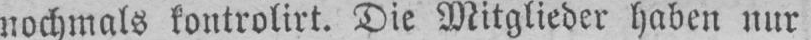
nochmals kontrolirt. Die Mitglieder haben nur